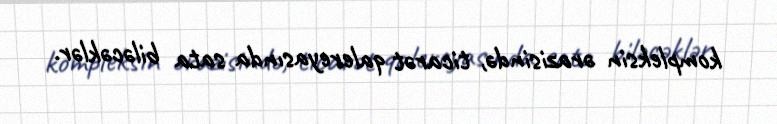
kompleksin ərazisində, ticarət qalereyasında sata biləcəklər.